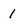
Character: 1